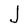
Character: J